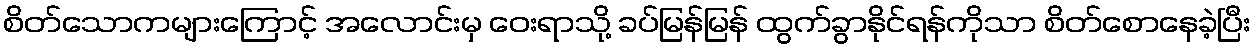
စိတ်သောကများကြောင့် အလောင်းမှ ဝေးရာသို့ ခပ်မြန်မြန် ထွက်ခွာနိုင်ရန်ကိုသာ စိတ်စောနေခဲ့ပြီး